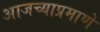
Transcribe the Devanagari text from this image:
आजच्याप्रमाणे